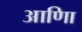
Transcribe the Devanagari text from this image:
आणिा